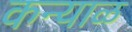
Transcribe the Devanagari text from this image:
कन्याळ